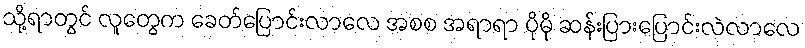
သို့ရာတွင် လူတွေက ခေတ်ပြောင်းလာလေ အစစ အရာရာ ပိုမို ဆန်းပြားပြောင်းလဲလာလေ